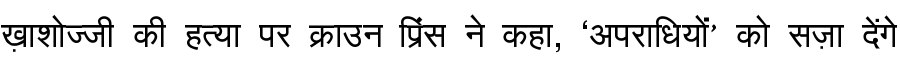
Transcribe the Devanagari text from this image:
ख़ाशोज्जी की हत्या पर क्राउन प्रिंस ने कहा, ‘अपराधियों’ को सज़ा देंगे